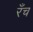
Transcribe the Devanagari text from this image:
रँच